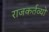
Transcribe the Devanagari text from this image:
राजकर्तव्यों